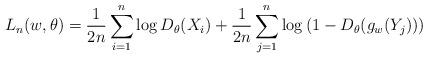
LaTeX: \begin{align*}L_n(w, \theta)= \frac1{2n} \sum\limits_{i=1}^n \log D_\theta(X_i) + \frac1{2n} \sum\limits_{j=1}^n \log \left( 1 - D_\theta(g_w(Y_j)) \right)\end{align*}